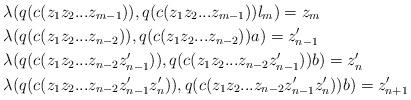
LaTeX: \begin{align*}&\lambda(q(c(z_1z_2...z_{m-1})), q(c(z_1z_2...z_{m-1}))l_m) = z_m \\&\lambda(q(c(z_1z_2...z_{n-2})), q(c(z_1z_2...z_{n-2}))a) = z_{n-1}' \\&\lambda(q(c(z_1z_2...z_{n-2}z_{n-1}' )), q(c(z_1z_2...z_{n-2}z_{n-1}' ))b)= z_n' \\&\lambda(q(c(z_1z_2...z_{n-2}z_{n-1}'z_n' )), q(c(z_1z_2...z_{n-2}z_{n-1}'z_n' ))b)= z_{n+1}'\end{align*}